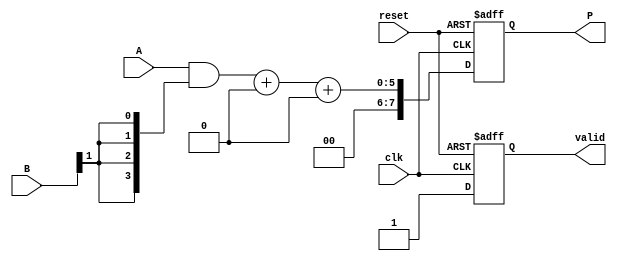
module WallaceTreeMultiplier #(
    parameter N = 4 // Size of input bits
)(
    input wire clk,
    input wire reset,
    input wire [N-1:0] A,
    input wire [N-1:0] B,
    output reg [2*N-1:0] P,
    output reg valid
);

    reg [N-1:0] partial_products[N-1:0];
    reg [2*N-1:0] sum_stage[2*N-1:0];
    reg [2*N-1:0] carry_stage[2*N-1:0];
    integer i, j;

    // Generate partial products
    always @(posedge clk or posedge reset) begin
        if (reset) begin
            valid <= 0;
            P <= 0;
        end else begin
            // Generate partial products
            for (i = 0; i < N; i = i + 1) begin
                partial_products[i] = A & {N{B[i]}};
            end
            
            // Wallace tree reduction
            // Stage 1: Reduce pairs of partial products
            for (i = 0; i < N; i = i + 1) begin
                if (i % 2 == 0 && (i + 1) < N) begin
                    {carry_stage[i/2], sum_stage[i/2]} = partial_products[i] + partial_products[i + 1];
                end else if (i % 2 == 1) begin
                    sum_stage[i/2] = partial_products[i];
                    carry_stage[i/2] = 0;
                end
            end
            
            // Stage 2: Continue reduction until one sum and carry remain
            for (j = 0; j < N; j = j + 1) begin
                if (j < (N + 1) / 2) begin
                    {carry_stage[j], sum_stage[j]} = sum_stage[j] + carry_stage[j];
                end
            end
            
            // Final addition of the last sum and carry
            P <= sum_stage[0] + carry_stage[0];
            valid <= 1; // Indicate that the output is valid
        end
    end
endmodule